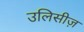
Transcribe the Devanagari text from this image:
उलिसीज़